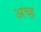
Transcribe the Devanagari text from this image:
अच्ह